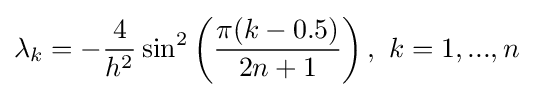
\lambda _{k}=-{\frac {4}{h^{2}}}\sin ^{2}\left({\frac {\pi (k-0.5)}{2n+1}}\right),\ k=1,...,n